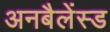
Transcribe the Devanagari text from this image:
अनबैलेंस्ड